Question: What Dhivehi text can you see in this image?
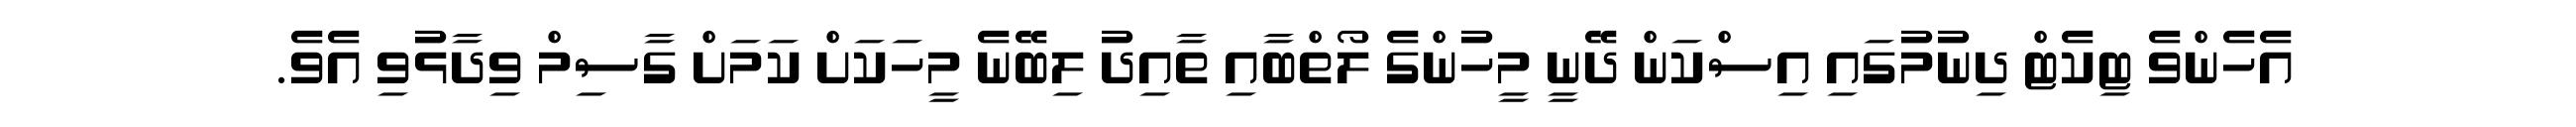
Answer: އެހެންވެ ޓިކެޓް ދިނުމުގައި އިސްކަން ދޭނީ މީހުންގެ ލޯތްބާއި ތާއިދު ލިބޭނެ މީހަކަށް ކަމަށް ގާސިމް ވިދާޅުވި އެވެ.